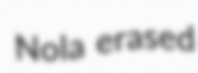
Nola erased